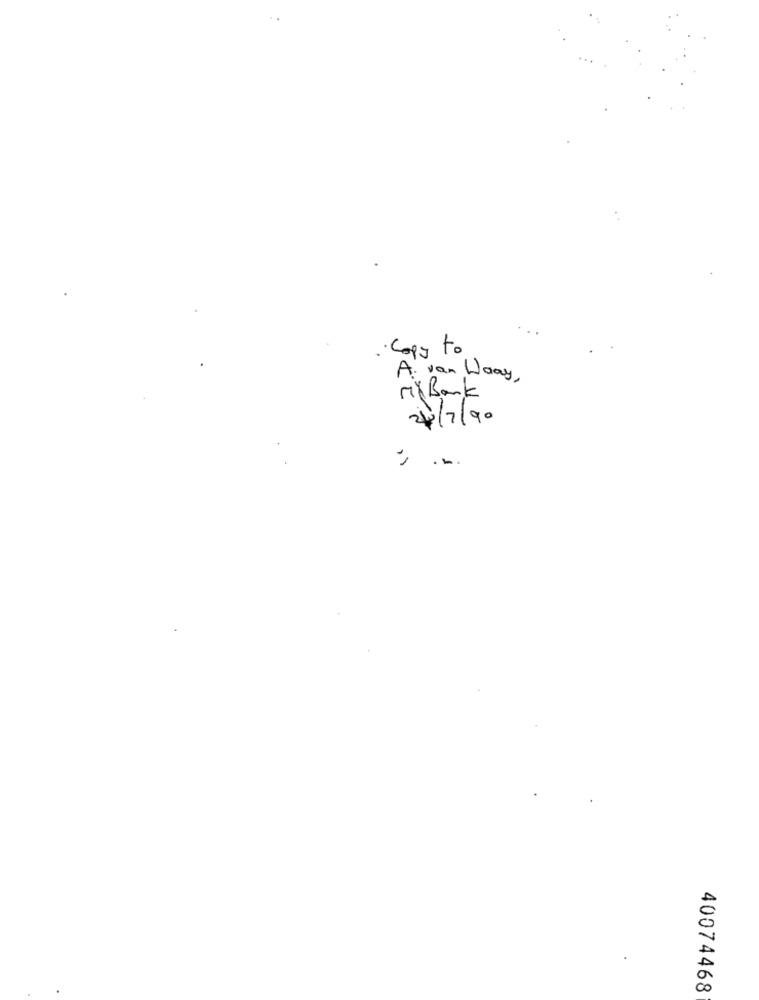
· Copy to
A. van Laay ,
Mil Bank
24/7/90
. ...
40074468